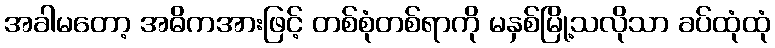
အခါမတော့ အဓိကအားဖြင့် တစ်စုံတစ်ရာကို မနှစ်မြို့သလိုသာ ခပ်ထုံထုံ